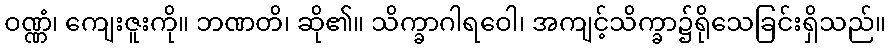
ဝဏ္ဏံ၊ ကျေးဇူးကို။ ဘဏတိ၊ ဆို၏။ သိက္ခာဂါရဝေါ၊ အကျင့်သိက္ခာ၌ရိုသေခြင်းရှိသည်။